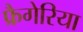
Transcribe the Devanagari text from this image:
फ्रैगेरिया